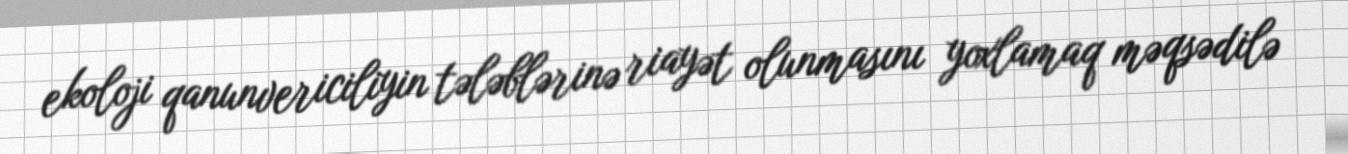
ekoloji qanunvericiliyin tələblərinə riayət olunmasını yoxlamaq məqsədilə